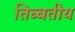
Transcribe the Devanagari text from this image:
तिब्बतीय